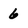
Character: 6